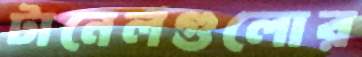
টানেলগুলোর